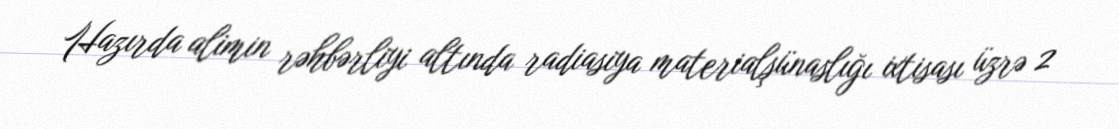
Hazırda alimin rəhbərliyi altında radiasiya materialşünaslığı ixtisası üzrə 2